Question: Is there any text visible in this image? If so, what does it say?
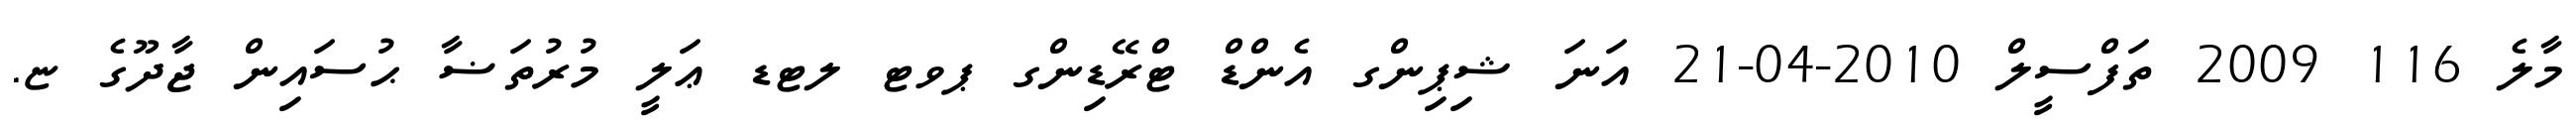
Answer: މާލެ 116 2009 ތަފްސީލް 2010-04-21 އަނަ ޝިޕިންގ އެންޑް ޓްރޭޑިންގ ޕވޓ ލޓޑ ޢަލީ މުރުތަޟާ ޙުސައިން ޖާދޫގެ ޏ.